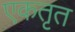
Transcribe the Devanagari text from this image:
एकतृत